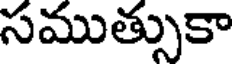
సముత్సుకా